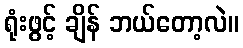
ရုံးဖွင့် ချိန် ဘယ်တော့လဲ။